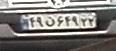
۴۹ن۶۴۹۲۲